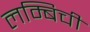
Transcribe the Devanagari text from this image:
लम्बिची